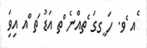
ެއ ެވ. ހަ ީގގަ ެތއްނެ ްތ އަޑު ަތ ްއ އިވިަ